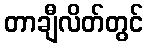
တာချီလိတ်တွင်